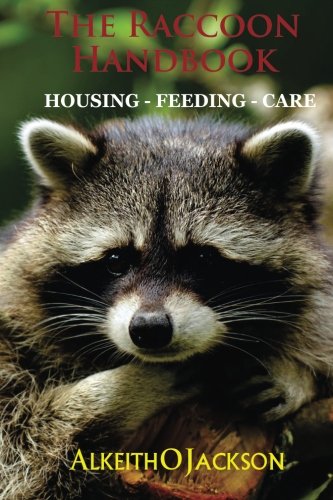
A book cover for The Raccoon Handbook: Housing - Feeding And Care; Alkeith O Jackson; Crafts, Hobbies & Home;